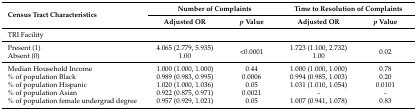
| <ROWSPAN=2> Census Tract Characteristics | <COLSPAN=2> Number of Complaints | <COLSPAN=2> Time to Resolution of Complaints |
 | Adjusted OR | p Value | Adjusted OR | p Value |
 | --- | --- | --- | --- | --- |
 | TRI Facility |  |  |  |  |
 | Present (1) | 4.065 (2.779, 5.935) | <ROWSPAN=2> <0.0001 | 1.723 (1.100, 2.732) | <ROWSPAN=2> 0.02 |
 | Absent (0) | 1.00 | 1.00 |
 | Median Household Income | 1.000 (1.000, 1.000) | 0.44 | 1.000 (1.000, 1.000) | 0.78 |
 | % of population Black | 0.989 (0.983, 0.995) | 0.0006 | 0.994 (0.985, 1.003) | 0.20 |
 | % of population Hispanic | 1.020 (1.000, 1.036) | 0.05 | 1.031 (1.010, 1.054) | 0.0101 |
 | % of population Asian | 0.922 (0.875, 0.971) | 0.0021 | - | - |
 | % of population female undergrad degree | 0.957 (0.929, 1.021) | 0.05 | 1.007 (0.941, 1.078) | 0.83 |